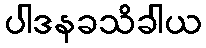
ပါဒနခသိခါယ